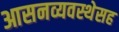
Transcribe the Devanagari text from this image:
आसनव्यवस्थेसह